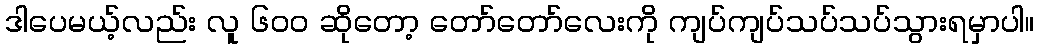
ဒါပေမယ့်လည်း လူ ၆၀၀ ဆိုတော့ တော်တော်လေးကို ကျပ်ကျပ်သပ်သပ်သွားရမှာပါ။